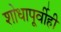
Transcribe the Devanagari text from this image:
शोधापूर्वीही